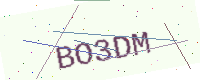
Text: BO3DM